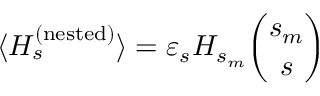
\langle H _ { s } ^ { ( \mathrm { n e s t e d } ) } \rangle = \varepsilon _ { s } H _ { s _ { m } } { \binom { s _ { m } } { s } }